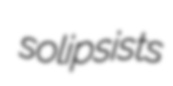
solipsists